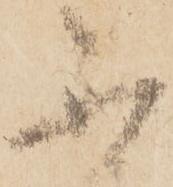
不